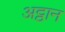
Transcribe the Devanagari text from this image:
अट्ठान